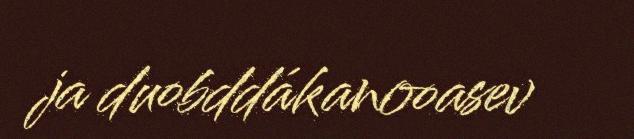
ja duobddákanooasev